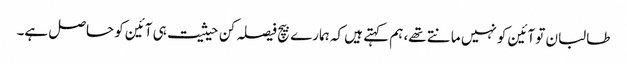
طالبان تو آئین کو نہیں مانتے تھے، ہم کہتے ہیں کہ ہمارے بیچ فیصلہ کن حیثیت ہی آئین کو حاصل ہے۔